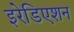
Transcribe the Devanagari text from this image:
इरेडिएशन